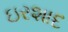
ઇરશાદ